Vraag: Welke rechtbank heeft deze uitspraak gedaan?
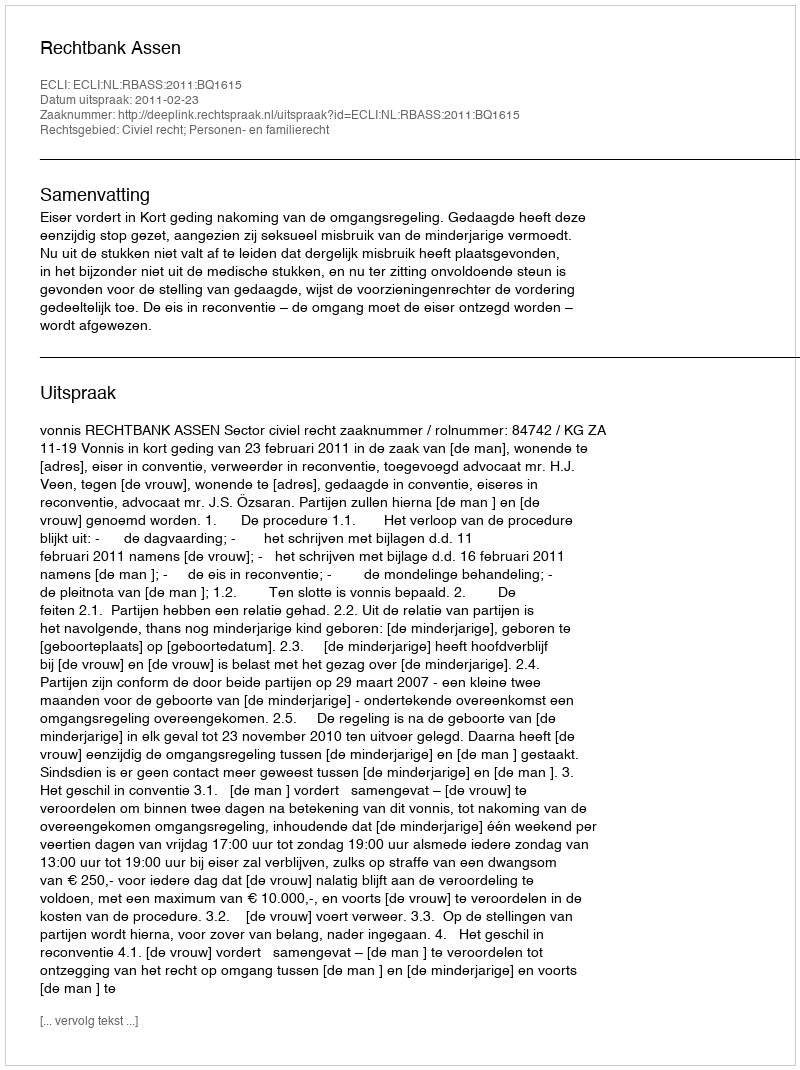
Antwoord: Rechtbank Assen